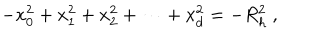
LaTeX: - x _ { 0 } ^ { 2 } + x _ { 1 } ^ { 2 } + x _ { 2 } ^ { 2 } + \cdots + x _ { d } ^ { 2 } = - R _ { h } ^ { 2 } \ ,